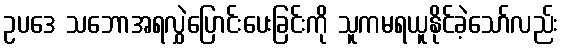
ဥပဒေ သဘောအရလွှဲပြောင်းပေးခြင်းကို သူကမရယူနိုင်ခဲ့သော်လည်း